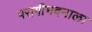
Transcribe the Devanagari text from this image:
परागीभवनाला